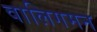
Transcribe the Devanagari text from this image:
वालिगमन